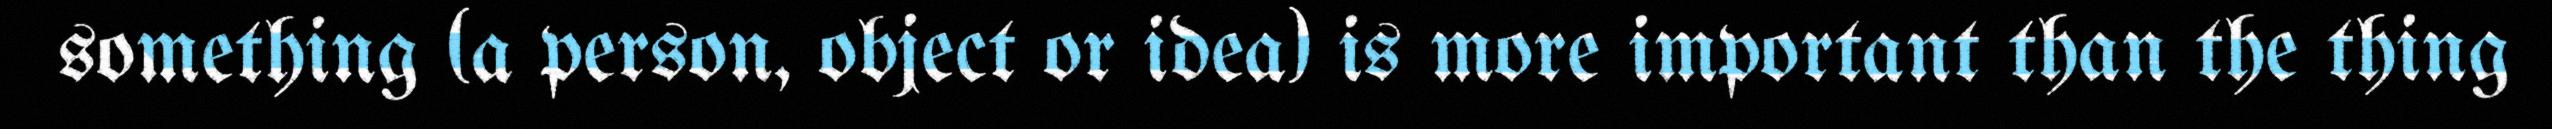
something (a person, object or idea) is more important than the thing